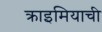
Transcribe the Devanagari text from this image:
क्राइमियाची